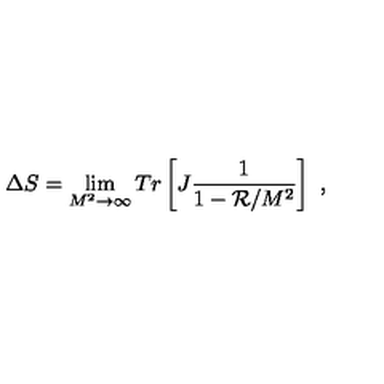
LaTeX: \Delta S = \lim _ { M ^ { 2 } \rightarrow \infty } T r \left[ J \frac { 1 } { 1 - { \cal R } / M ^ { 2 } } \right] \ ,